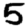
Digit: 5